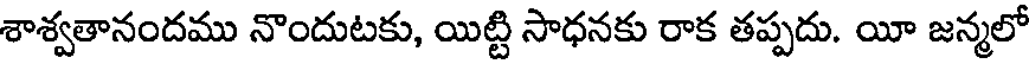
శాశ్వతానందము నొందుటకు, యిట్టి సాధనకు రాక తప్పదు. యీ జన్మలో